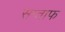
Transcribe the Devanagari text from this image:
सप्ताफ